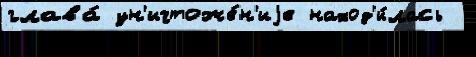
глава́ ун'ичтоже́н'иjе наход'и́лась